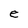
Character: e